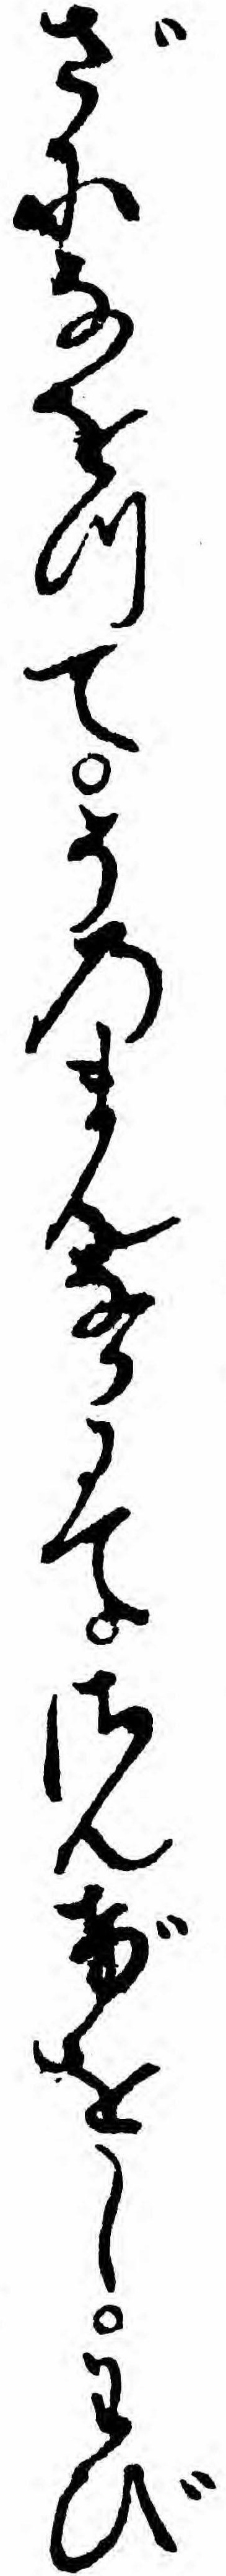
ざになをつてそのまんなかにてさんげをしわび